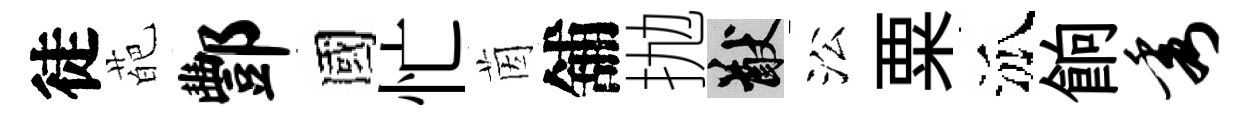
徒葩酆國忙茵舖抛猷㳂粟泒餉秀